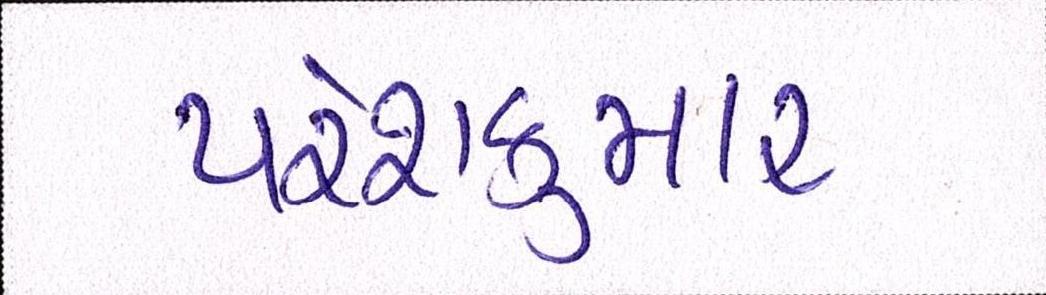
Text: પરેશકુમાર